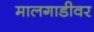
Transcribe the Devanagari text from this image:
मालगाडीवर